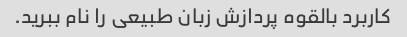
کاربرد بالقوه پردازش زبان طبیعی را نام ببرید.